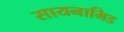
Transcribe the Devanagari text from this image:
सायनामिड